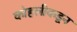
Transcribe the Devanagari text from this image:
कोहलीकडून